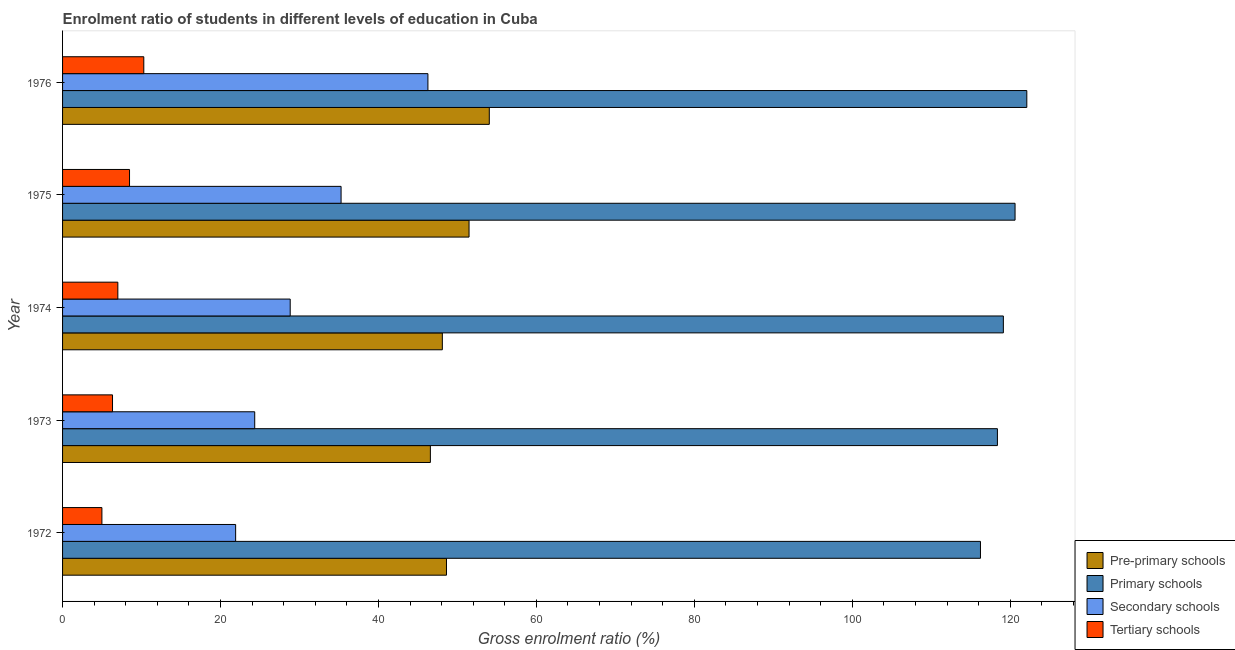
| Year | Pre-primary schools | Primary schools | Secondary schools | Tertiary schools |
 | --- | --- | --- | --- | --- |
 | 1972 | 48.6 | 116 | 21.9 | 4.98 |
 | 1973 | 46.6 | 118 | 24.3 | 6.33 |
 | 1974 | 48.1 | 119 | 28.8 | 7 |
 | 1975 | 51.5 | 121 | 35.3 | 8.48 |
 | 1976 | 54 | 122 | 46.3 | 10.3 |